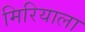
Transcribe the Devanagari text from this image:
मिरियाला